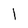
Character: l